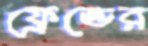
ফ্রেন্ডের